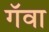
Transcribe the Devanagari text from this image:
गॅवा